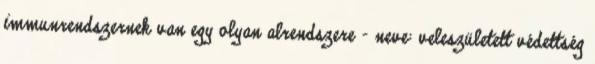
immunrendszernek van egy olyan alrendszere – neve: veleszületett védettség